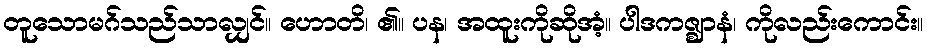
တူသောမဂ်သည်သာလျှင်။ ဟောတိ၊ ၏။ ပန၊ အထူးကိုဆိုအံ့။ ပါဒကဇ္ဈာနံ၊ ကိုလည်းကောင်း။